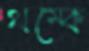
থম্‌কে